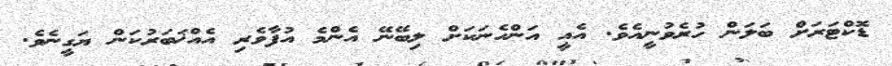
ޑޮކްޓަރަށް ބަލަން ހުރެވުނީއެވެ. އެއީ އަންހެނަކަށް ލިބޭނޭ އެންމެ އުފާވެރި އެއްޚަބަރުކަން ޔަގީނެވެ.